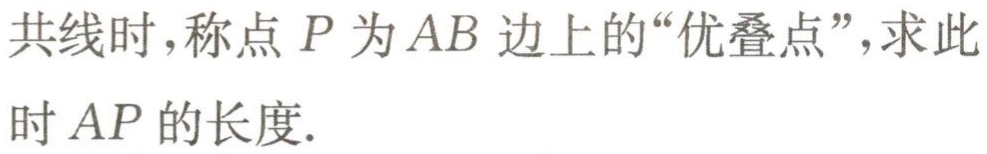
共线时,称点 \(P\) 为 \(AB\) 边上的“优叠点”,求此时 \(AP\) 的长度.